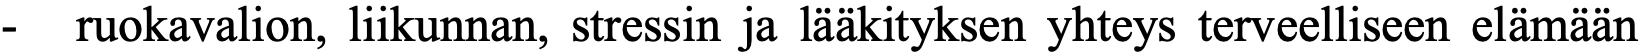
-  ruokavalion, liikunnan, stressin ja lääkityksen yhteys terveelliseen elämään